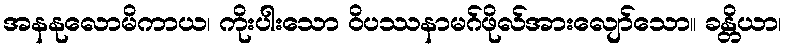
အနနုလောမိကာယ၊ ကိုးပါးသော ဝိပဿနာမဂ်ဖိုလ်အားလျော်သော။ ခန္တိယာ၊